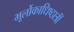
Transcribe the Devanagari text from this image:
भूर्लोकाधिष्ठात्रीं